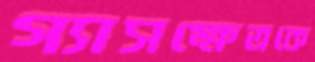
গ্যাসক্ষেত্রকে